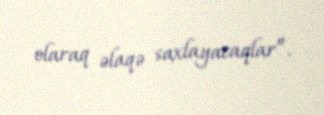
olaraq əlaqə saxlayacaqlar”.